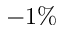
- 1 \%